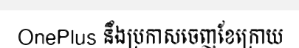
OnePlus នឹងប្រកាសចេញខែក្រោយ